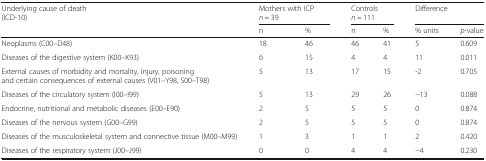
| <ROWSPAN=2> Underlying cause of death(ICD-10) | <COLSPAN=2> Mothers with ICPn = 39 | <COLSPAN=2> Controlsn = 111 | <COLSPAN=2> Difference |
 | n | % | n | % | % units | p-value |
 | --- | --- | --- | --- | --- | --- | --- |
 | Neoplasms (C00–D48) | 18 | 46 | 46 | 41 | 5 | 0.609 |
 | Diseases of the digestive system (K00–K93) | 6 | 15 | 4 | 4 | 11 | 0.011 |
 | External causes of morbidity and mortality, injury, poisoning and certain consequences of external causes (V01–Y98, S00–T98) | 5 | 13 | 17 | 15 | -2 | 0.705 |
 | Diseases of the circulatory system (I00–I99) | 5 | 13 | 29 | 26 | −13 | 0.088 |
 | Endocrine, nutritional and metabolic diseases (E00–E90) | 2 | 5 | 5 | 5 | 0 | 0.874 |
 | Diseases of the nervous system (G00–G99) | 2 | 5 | 5 | 5 | 0 | 0.874 |
 | Diseases of the musculoskeletal system and connective tissue (M00–M99) | 1 | 3 | 1 | 1 | 2 | 0.420 |
 | Diseases of the respiratory system (J00–J99) | 0 | 0 | 4 | 4 | −4 | 0.230 |